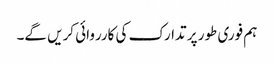
ہم فوری طور پر تدارک کی کارروائی کریں گے۔